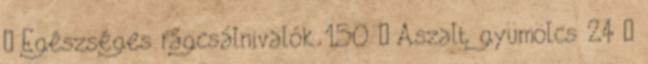
› Egészséges rágcsálnivalók 150 › Aszalt gyümölcs 24 ›